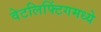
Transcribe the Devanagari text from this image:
वेटलिफ्टिंगमध्ये